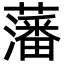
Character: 藩